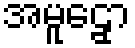
အမူဠှော